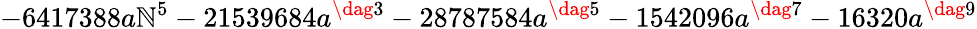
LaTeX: -6417388a\mathbb{N}^{5}-21539684a^{\dag3}-28787584a^{\dag5}-1542096a^{\dag7}-16320a^{\dag9}